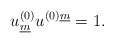
\begin{align*}u^{(0)}_{\underline{m}} u^{(0)\underline{m}} = 1.\end{align*}